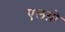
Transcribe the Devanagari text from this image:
एलग्रो